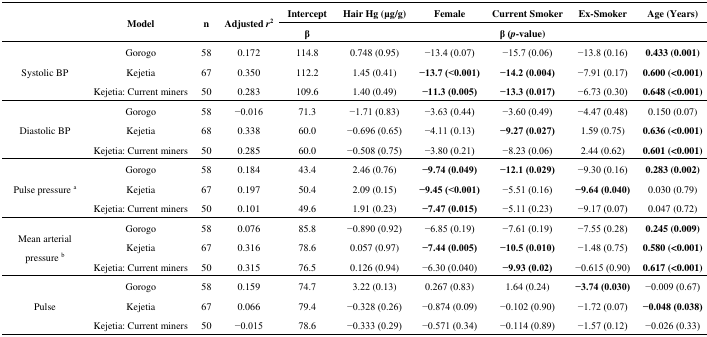
<table><thead><tr><td rowspan="2"></td><td rowspan="2"><b>Model</b></td><td rowspan="2"><b>n</b></td><td rowspan="2"><b>Adjusted <i>r</i><sup>2</sup></b></td><td><b>Intercept</b></td><td><b>Hair Hg (μg/g)</b></td><td><b>Female</b></td><td><b>Current Smoker</b></td><td><b>Ex-Smoker</b></td><td><b>Age (Years)</b></td></tr><tr><td><b>β</b></td><td colspan="5"><b>β (<i>p</i>-value)</b></td></tr></thead><tbody><tr><td rowspan="3">Systolic BP</td><td>Gorogo</td><td>58</td><td>0.172</td><td>114.8</td><td>0.748 (0.95)</td><td>−13.4 (0.07)</td><td>−15.7 (0.06)</td><td>−13.8 (0.16)</td><td><b>0.433 (0.001)</b></td></tr><tr><td>Kejetia</td><td>67</td><td>0.350</td><td>112.2</td><td>1.45 (0.41)</td><td><b>−13.7 (&lt;0.001)</b></td><td><b>−14.2 (0.004)</b></td><td>−7.91 (0.17)</td><td><b>0.600 (&lt;0.001)</b></td></tr><tr><td>Kejetia: Current miners</td><td>50</td><td>0.283</td><td>109.6</td><td>1.40 (0.49)</td><td><b>−11.3 (0.005)</b></td><td><b>−13.3 (0.017)</b></td><td>−6.73 (0.30)</td><td><b>0.648 (&lt;0.001)</b></td></tr><tr><td rowspan="3">Diastolic BP</td><td>Gorogo</td><td>58</td><td>−0.016</td><td>71.3</td><td>−1.71 (0.83)</td><td>−3.63 (0.44)</td><td>−3.60 (0.49)</td><td>−4.47 (0.48)</td><td>0.150 (0.07)</td></tr><tr><td>Kejetia</td><td>68</td><td>0.338</td><td>60.0</td><td>−0.696 (0.65)</td><td>−4.11 (0.13)</td><td><b>−9.27 (0.027)</b></td><td>1.59 (0.75)</td><td><b>0.636 (&lt;0.001)</b></td></tr><tr><td>Kejetia: Current miners</td><td>50</td><td>0.285</td><td>60.0</td><td>−0.508 (0.75)</td><td>−3.80 (0.21)</td><td>−8.23 (0.06)</td><td>2.44 (0.62)</td><td><b>0.601 (&lt;0.001)</b></td></tr><tr><td rowspan="3">Pulse pressure <sup>a</sup></td><td>Gorogo</td><td>58</td><td>0.184</td><td>43.4</td><td>2.46 (0.76)</td><td><b>−9.74 (0.049)</b></td><td><b>−12.1 (0.029)</b></td><td>−9.30 (0.16)</td><td><b>0.283 (0.002)</b></td></tr><tr><td>Kejetia</td><td>67</td><td>0.197</td><td>50.4</td><td>2.09 (0.15)</td><td><b>−9.45 (&lt;0.001)</b></td><td>−5.51 (0.16)</td><td><b>−9.64 (0.040)</b></td><td>0.030 (0.79)</td></tr><tr><td>Kejetia: Current miners</td><td>50</td><td>0.101</td><td>49.6</td><td>1.91 (0.23)</td><td><b>−7.47 (0.015)</b></td><td>−5.11 (0.23)</td><td>−9.17 (0.07)</td><td>0.047 (0.72)</td></tr><tr><td rowspan="3">Mean arterial pressure <sup>b</sup></td><td>Gorogo</td><td>58</td><td>0.076</td><td>85.8</td><td>−0.890 (0.92)</td><td>−6.85 (0.19)</td><td>−7.61 (0.19)</td><td>−7.55 (0.28)</td><td><b>0.245 (0.009)</b></td></tr><tr><td>Kejetia</td><td>67</td><td>0.316</td><td>78.6</td><td>0.057 (0.97)</td><td><b>−7.44 (0.005)</b></td><td><b>−10.5 (0.010)</b></td><td>−1.48 (0.75)</td><td><b>0.580 (&lt;0.001)</b></td></tr><tr><td>Kejetia: Current miners</td><td>50</td><td>0.315</td><td>76.5</td><td>0.126 (0.94)</td><td>−6.30 (0.040)</td><td><b>−9.93 (0.02)</b></td><td>−0.615 (0.90)</td><td><b>0.617 (&lt;0.001)</b></td></tr><tr><td rowspan="3">Pulse</td><td>Gorogo</td><td>58</td><td>0.159</td><td>74.7</td><td>3.22 (0.13)</td><td>0.267 (0.83)</td><td>1.64 (0.24)</td><td><b>−3.74 (0.030)</b></td><td>−0.009 (0.67)</td></tr><tr><td>Kejetia</td><td>67</td><td>0.066</td><td>79.4</td><td>−0.328 (0.26)</td><td>−0.874 (0.09)</td><td>−0.102 (0.90)</td><td>−1.72 (0.07)</td><td><b>−0.048 (0.038)</b></td></tr><tr><td>Kejetia: Current miners</td><td>50</td><td>−0.015</td><td>78.6</td><td>−0.333 (0.29)</td><td>−0.571 (0.34)</td><td>−0.114 (0.89)</td><td>−1.57 (0.12)</td><td>−0.026 (0.33)</td></tr></tbody></table>